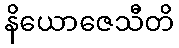
နိယောဇေသီတိ